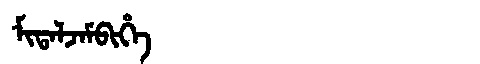
Manchu: ᠮᡳᡨᠠᠯᠵᠠᠮᠪᡳᡥᡝ
Romanization: MITALJAMBIHE